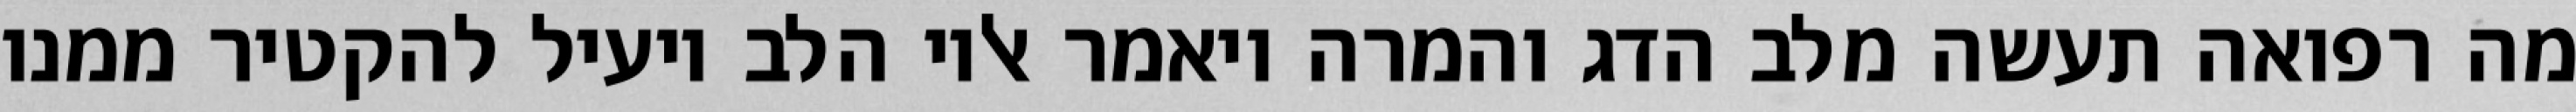
מה רפואה תעשה מלב הדג והמרה ויאמר אליו הלב יועיל להקטיר ממנו